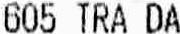
605 TRA DA